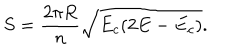
S = \frac { 2 \pi R } { n } \sqrt { E _ { c } ( 2 E - E _ { c } ) } .